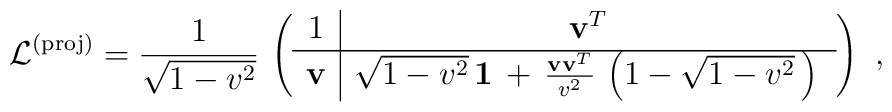
\mathcal{L}^{\rm (proj)}=   \frac{1}{\sqrt{1-v^2}}\,   \left(   \begin{array}{c|c}     1 & \mathbf{v}^T   \\    \hline    \mathbf{ v} &  \sqrt{1-v^2} \, {\bf    1}\, + \,  \frac{\mathbf{v} \mathbf{v}^T}{v^2}\,    \left(1 -\sqrt{1-v^2} \,\right) \,\end{array}\right)~,